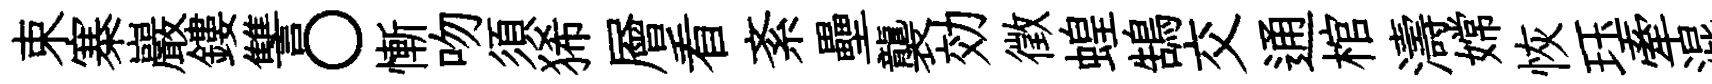
束寨巖鏤讐〇慚吻須狶層看紊壘襲効徵蝗鵠交通棺濤嫦恢珏牽混